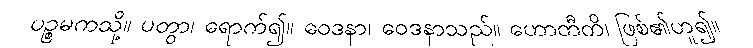
ပဉ္စမကသို့။ ပတွာ၊ ရောက်၍။ ဝေဒနာ၊ ဝေဒနာသည်။ ဟောတီတိ၊ ဖြစ်၏ဟူ၍။